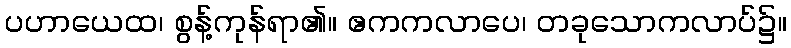
ပဟာယေထ၊ စွန့်ကုန်ရာ၏။ ဧကကလာပေ၊ တခုသောကလာပ်၌။